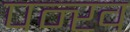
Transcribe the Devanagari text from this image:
पन्ख